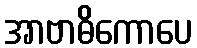
အာဗာဓိကောပေ